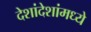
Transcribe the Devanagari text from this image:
देशांदेशांमध्ये